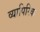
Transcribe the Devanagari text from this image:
व्यापिरिक